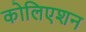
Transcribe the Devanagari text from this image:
कोलिएशन